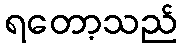
ရတော့သည်